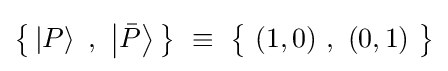
{\bigl \{}\left|P\right\rangle \ ,\ \left|{\bar {P}}\right\rangle {\bigr \}}~\equiv ~{\bigl \{}\ (1,0)\ ,\ (0,1)\ {\bigr \}}